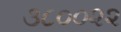
૩૮૦૦૨૨